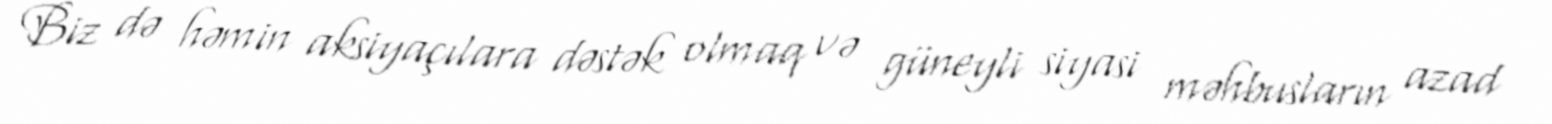
Biz də həmin aksiyaçılara dəstək olmaq və güneyli siyasi məhbusların azad